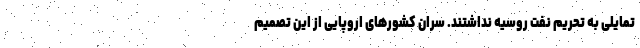
تمایلی به تحریم نفت روسیه نداشتند. سران کشورهای اروپایی از این تصمیم